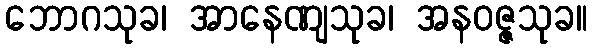
ဘောဂသုခ၊ အာနေဏျသုခ၊ အနဝဇ္ဇသုခ။